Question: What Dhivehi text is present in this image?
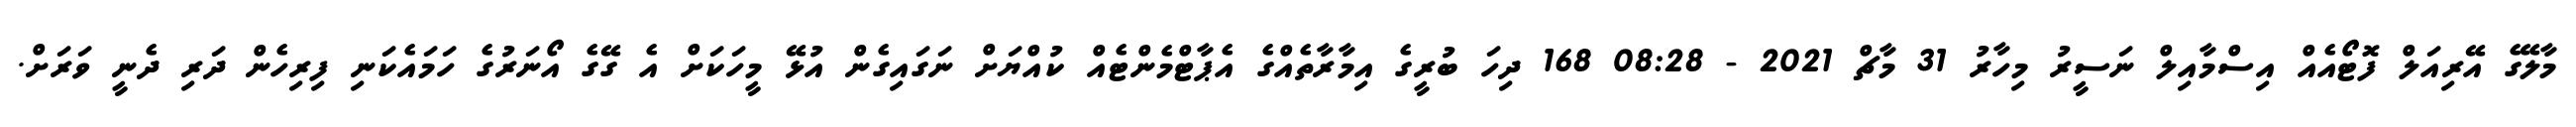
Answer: މާލޭގެ އޭރިއަލް ފޮޓޯއެއް އިސްމާއިލް ނަސީރު މިހާރު 31 މާޗް 2021 - 08:28 168 ދިހަ ބުރީގެ އިމާރާތެއްގެ އެޕާޓްމެންޓެއް ކުއްޔަށް ނަގައިގެން އުޅޭ މީހަކަށް އެ ގޭގެ އޯނަރުގެ ހަމައެކަނި ފިރިހެން ދަރި ދެނީ ވަރަށް.